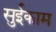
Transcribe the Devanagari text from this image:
सुईकाम